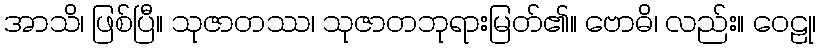
အာသိ၊ ဖြစ်ပြီ။ သုဇာတဿ၊ သုဇာတဘုရားမြတ်၏။ ဗောဓိ၊ လည်း။ ဝေဠု၊